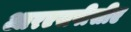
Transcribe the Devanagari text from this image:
आरएसपीसीए